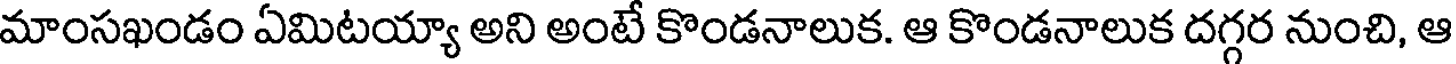
మాంసఖండం ఏమిటయ్యా అని అంటే కొండనాలుక. ఆ కొండనాలుక దగ్గర నుంచి, ఆ